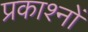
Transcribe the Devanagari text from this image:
प्रकाश्नों